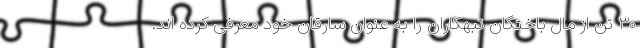
۳۰ تن از مال باختگان تبهکاران را به عنوان سارقان خود معرفی کرده اند.